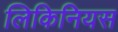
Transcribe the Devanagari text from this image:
लिकिनियस